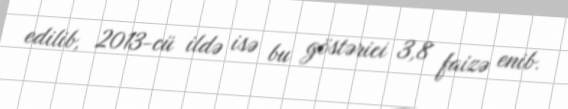
edilib, 2013-cü ildə isə bu göstərici 3,8 faizə enib.